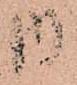
内